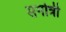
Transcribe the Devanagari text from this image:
सगोत्री